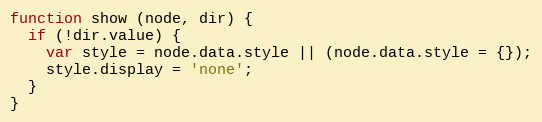
Language: JavaScript
function show (node, dir) {
  if (!dir.value) {
    var style = node.data.style || (node.data.style = {});
    style.display = 'none';
  }
}